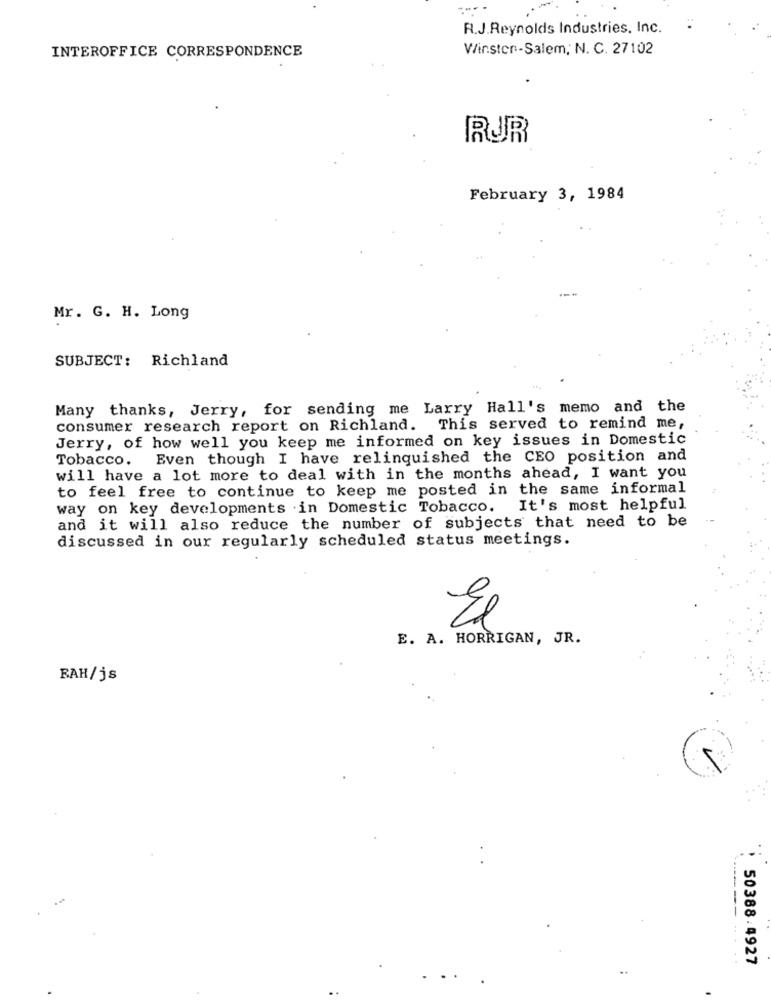
R.J.Reynolds Industries, Inc. .
INTEROFFICE CORRESPONDENCE
Winston-Salem, N. C. 27102
RUR
February 3, 1984
Mr. G. H. Long
SUBJECT: Richland
Many thanks, Jerry, for sending me Larry Hall's memo and the
consumer research report on Richland. This served to remind me,
Jerry, of how well you keep me informed on key issues in Domestic
Tobacco.
Even though I have relinquished the CEO position and
will have a lot more to deal with in the months ahead, I want you
to feel free to continue to keep me posted in the same informal
way on key developments in Domestic Tobacco. It's most helpful
and it will also reduce the number of subjects that need to be
discussed in our regularly scheduled status meetings.
El
E. A. HORRIGAN, JR.
RAH/js
-----
50388:4927